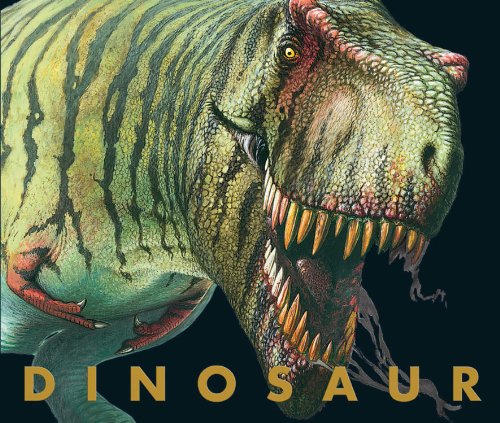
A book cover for DINOSAUR; Children's Books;